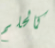
كالحلم